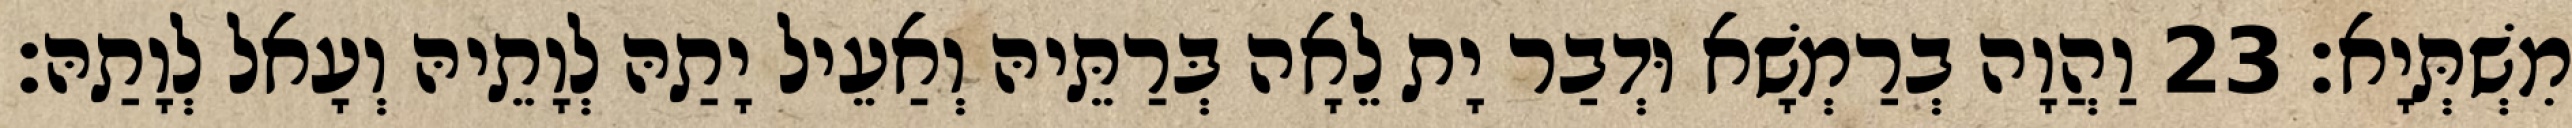
מִשְׁתְּיָא׃ 23 וַהֲוָה בְרַמְשָׁא וּדְבַר יָת לֵאָה בְּרַתֵּיהּ וְאַעֵיל יָתַהּ לְוָתֵיהּ וְעָאל לְוָתַהּ׃